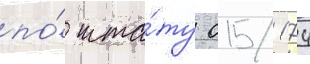
по́ шта́ту 015/ 174